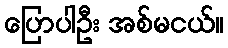
ပြောပါဦး အစ်မငယ်။